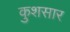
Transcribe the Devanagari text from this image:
कुशसार